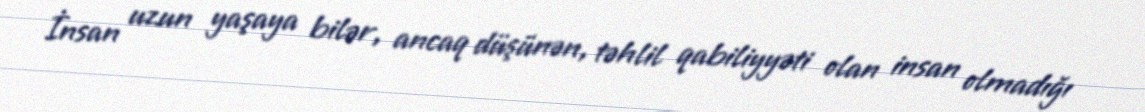
İnsan uzun yaşaya bilər, ancaq düşünən, təhlil qabiliyyəti olan insan olmadığı